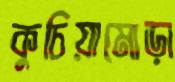
কুচিয়ামোড়া